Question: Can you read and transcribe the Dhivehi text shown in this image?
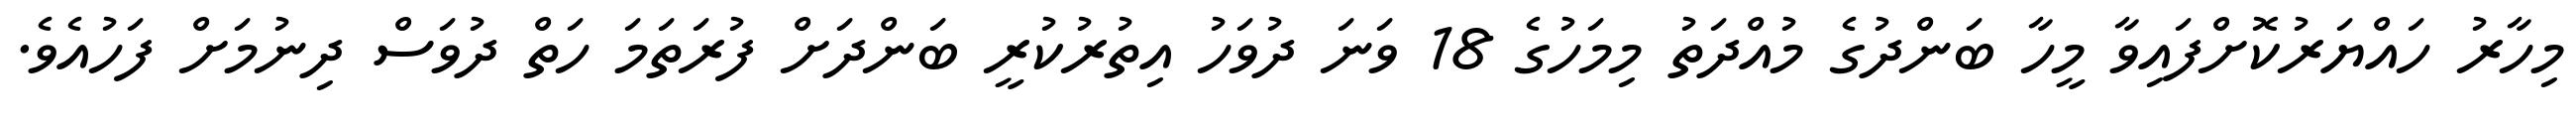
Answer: މިހާރު ހައްޔަރުކޮށްފައިވާ މީހާ ބަންދުގެ މުއްދަތު މިމަހުގެ 18 ވަނަ ދުވަހު އިތުރުކުރީ ބަންދަށް ފުރަތަމަ ހަތް ދުވަސް ދިނުމަށް ފަހުއެވެ.